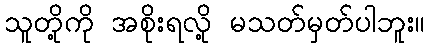
သူတို့ကို အစိုးရလို့ မသတ်မှတ်ပါဘူး။